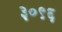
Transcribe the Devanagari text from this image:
३०९६